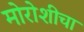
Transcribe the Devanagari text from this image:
मोरोशीचा